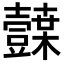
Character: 𭐛